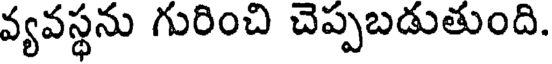
వ్యవస్థను గురించి చెప్పబడుతుంది.